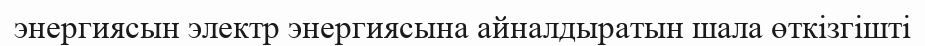
энергиясын электр энергиясына айналдыратын шала өткізгішті